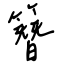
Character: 簪